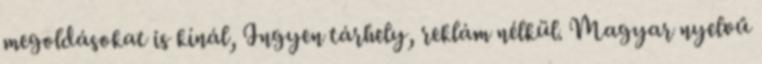
megoldásokat is kínál, Ingyen tárhely, reklám nélkül. Magyar nyelvű